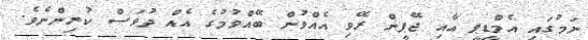
ނަމުގައި އެމްޑީޕީ އާއި ޖޭޕީން ރޭވި އެއްވުން ބޭއްވުމުގެ އެއް ދުވަސް ކުރިންނެވެ.